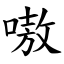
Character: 嗷